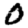
Digit: 0